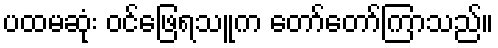
ပထမဆုံး ဝင်ဖြေရသူက တော်တော်ကြာသည်။